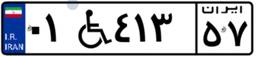
۸۷W۱۳۸۴۴